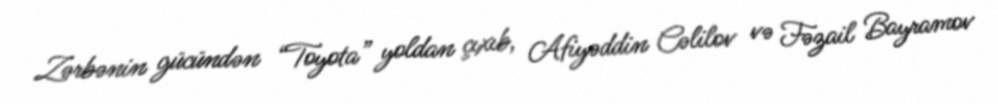
Zərbənin gücündən “Toyota” yoldan çıxıb, Afiyəddin Cəlilov və Fəzail Bayramov